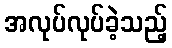
အလုပ်လုပ်ခဲ့သည့်